Relation of titanus [i.e. tetanus] to the hypodermic or intramuscular injection of quinine - Number 43
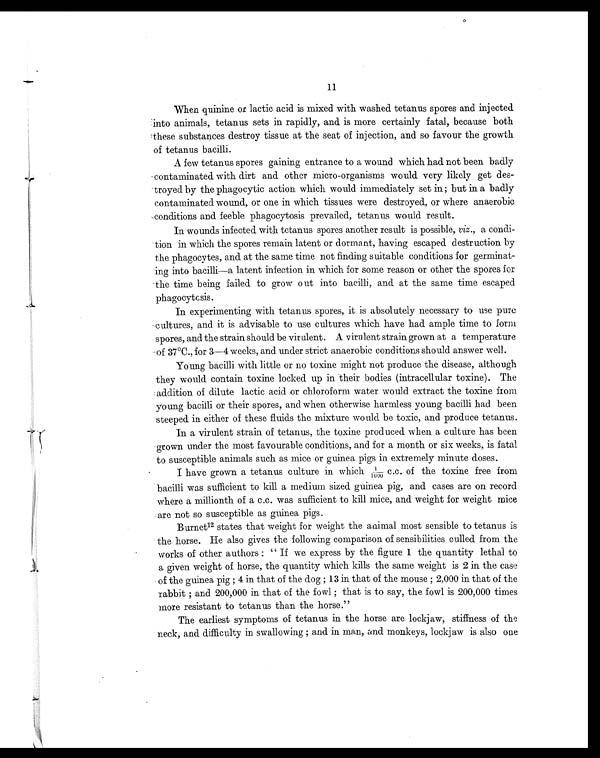
11
When quinine or lactic acid is mixed with washed tetanus spores and injected
into animals, tetanus sets in rapidly, and is more certainly fatal, because both
these substances destroy tissue at the seat of injection, and so favour the growth
of tetanus bacilli.
A few tetanus spores gaining entrance to a wound which had not been badly
contaminated with dirt and other micro-organisms would very likely get des-
- troyed by the phagocytic action which would immediately set in; but in a badly
contaminated wound, or one in which tissues were destroyed, or where anaerobic
conditions and feeble phagocytosis prevailed, tetanus would result.
In wounds infected with tetanus spores another result is possible, viz., a condi-
tion in which the spores remain latent or dormant, having escaped destruction by
the phagocytes, and at the same time not finding suitable conditions for germinat-
ing into bacilli—a latent infection in which for some reason or other the spores for
the time being failed to grow out into bacilli, and at the same time escaped
phagocytcsis.
In experimenting with tetanus spores, it is absolutely necessary to use pure
cultures, and it is advisable to use cultures which have had ample time to form
spores, and the strain should be virulent. A virulent strain grown at a temperature
of 37°C., for 3—4 weeks, and under strict anaerobic conditions should answer well.
Young bacilli with little or no toxine might not produce the disease, although
they would contain toxine locked up in their bodies (intracellular toxine). The
addition of dilute lactic acid or chloroform water would extract the toxine from
young bacilli or their spores, and when otherwise harmless young bacilli had been
steeped in either of these fluids the mixture would be toxic, and produce tetanus.
In a virulent strain of tetanus, the toxine produced when a culture has been
grown under the most favourable conditions, and for a month or six weeks, is fatal
to susceptible animals such as mice or guinea pigs in extremely minute doses.
I have grown a tetanus culture in which 1/1000 c . c . o f t h e t o x i n e f r e e f r o m
bacilli was sufficient to kill a medium sized guinea pig, and cases are on record
where a millionth of a c.c. was sufficient to kill mice, and weight for weight mice
are not so susceptible as guinea pigs.
Burnet12 states that weight for weight the animal most sensible to tetanus is
the horse. He also gives the following comparison of sensibilities culled from the
works of other authors : "If we express by the figure 1 the quantity lethal to
a given weight of horse, the quantity which kills the same weight is 2 in the case
of the guinea pig ; 4 in that of the dog ; 13 in that of the mouse ; 2,000 in that of the
rabbit ; and 200,000 in that of the fowl ; that is to say, the fowl is 200,000 times
more resistant to tetanus than the horse."
The earliest symptoms of tetanus in the horse are lockjaw, stiffness of the
neck, and difficulty in swallowing ; and in man, and monkeys, lockjaw is also one